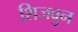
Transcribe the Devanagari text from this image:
शिजवुन